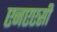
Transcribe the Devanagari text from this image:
एनएएसी